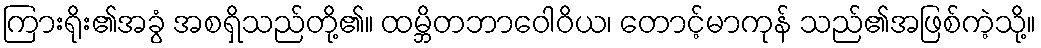
ကြားရိုး၏အခွံ အစရှိသည်တို့၏။ ထမ္ဘိတဘာဝေါဝိယ၊ တောင့်မာကုန် သည်၏အဖြစ်ကဲ့သို့။